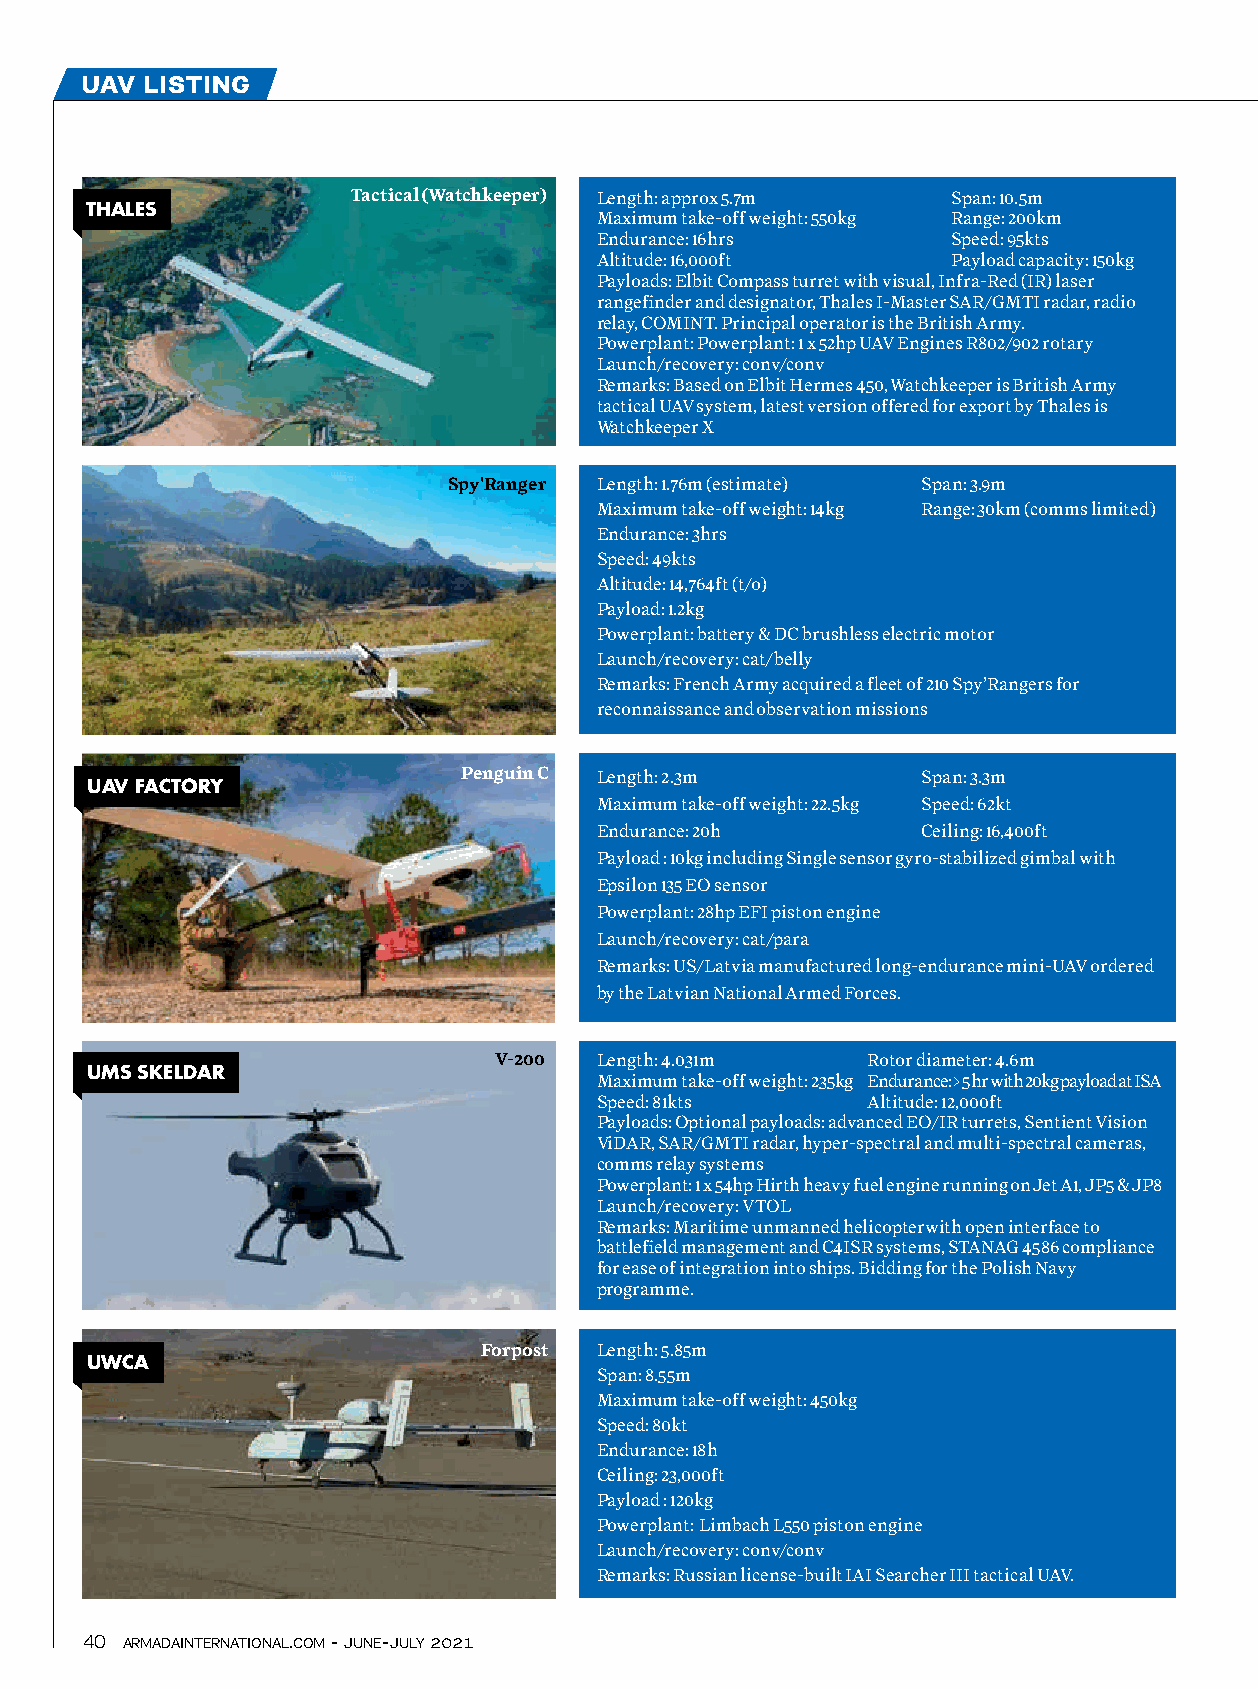
uav  listing
 Tactical (Watchkeeper) Length: approx 5.7m Span: 10.5m
 THaLES
 Maximum take-off weight: 550kg Range: 200km
 Endurance: 16hrs        Speed: 95kts
 Altitude: 16,000ft      Payload capacity: 150kg
 Payloads: Elbit Compass turret with visual, Infra-Red (IR) laser
 rangefinder and designator, Thales I-Master SAR/GMTI radar, radio
 relay, COMINT. Principal operator is the British Army.
 Powerplant: Powerplant: 1 x 52hp UAV Engines R802/902 rotary
 Launch/recovery: conv/conv
 Remarks: Based on Elbit Hermes 450, Watchkeeper is British Army
 tactical UAV system, latest version offered for export by Thales is
 Watchkeeper X
 Spy'Ranger Length: 1.76m (estimate) Span: 3.9m
 Maximum take-off weight: 14kg Range: 30km (comms limited)
 Endurance: 3hrs
 Speed: 49kts
 Altitude: 14,764ft (t/o)
 Payload: 1.2kg
 Powerplant: battery & DC brushless electric motor
 Launch/recovery: cat/belly
 Remarks: French Army acquired a fleet of 210 Spy’Rangers for
 reconnaissance and observation missions
 Penguin C Length: 2.3m        Span: 3.3m
 UaV FacToRY
 Maximum take-off weight: 22.5kg Speed: 62kt
 Endurance: 20h        Ceiling: 16,400ft
 Payload : 10kg including Single sensor gyro-stabilized gimbal with
 Epsilon 135 EO sensor
 Powerplant: 28hp EFI piston engine
 Launch/recovery: cat/para
 Remarks: US/Latvia manufactured long-endurance mini-UAV ordered
 by the Latvian National Armed Forces.
 V-200 Length: 4.031m    Rotor diameter: 4.6m
 UmS SKELdaR
 Maximum take-off weight: 235kg Endurance: > 5 hr with 20kg payload at ISA
 Speed: 81kts      Altitude: 12,000ft
 Payloads: Optional payloads: advanced EO/IR turrets, Sentient Vision
 ViDAR, SAR/GMTI radar, hyper-spectral and multi-spectral cameras,
 comms relay systems
 Powerplant: 1 x 54hp Hirth heavy fuel engine running on Jet A1, JP5 & JP8
 Launch/recovery: VTOL
 Remarks: Maritime unmanned helicopterwith open interface to
 battlefield management and C4ISR systems, STANAG 4586 compliance
 for ease of integration into ships. Bidding for the Polish Navy
 programme.
 Forpost Length: 5.85m
 UWca
 Span: 8.55m
 Maximum take-off weight: 450kg
 Speed: 80kt
 Endurance: 18h
 Ceiling: 23,000ft
 Payload : 120kg
 Powerplant: Limbach L550 piston engine
 Launch/recovery: conv/conv
 Remarks: Russian license-built IAI Searcher III tactical UAV.
 40 armadainternational.com - june-july 2021